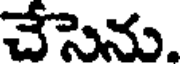
చేసెను.